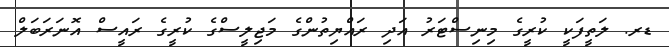
ޑރ. ލަތީފަކީ ކުރީގެ މިނިސްޓަރު އަދި ރައްޔިތުންގެ މަޖިލީސްގެ ކުރީގެ ރައީސް އޮނަރަބަލް